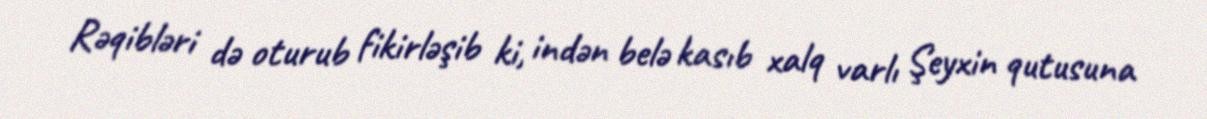
Rəqibləri də oturub fikirləşib ki, indən belə kasıb xalq varlı Şeyxin qutusuna